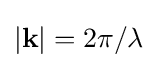
|\mathbf {k} |=2\pi /\lambda